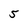
Character: 5